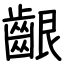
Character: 齦